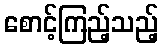
စောင့်ကြည့်သည့်